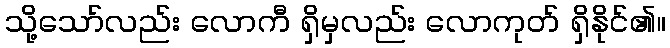
သို့သော်လည်း လောကီ ရှိမှလည်း လောကုတ် ရှိနိုင်၏။